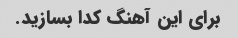
برای این آهنگ کدا بسازید.